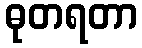
ဓုတရတာ